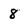
Character: 8